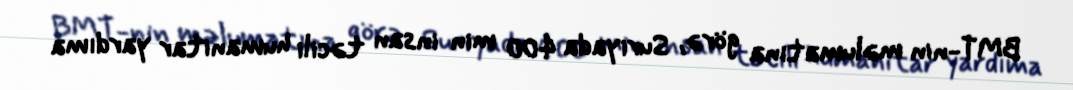
BMT-nin məlumatına görə, Suriyada 400 min insan təcili humanitar yardıma